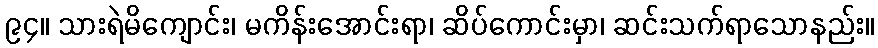
၉၄။ သားရဲမိကျောင်း၊ မကိန်းအောင်းရာ၊ ဆိပ်ကောင်းမှာ၊ ဆင်းသက်ရာသောနည်း။